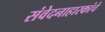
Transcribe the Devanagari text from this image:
संवेदनाहारकांचे